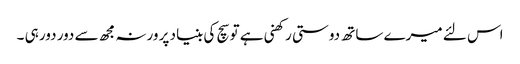
اس لئے میرے ساتھ دوستی رکھنی ہے تو سچ کی بنیاد پر ورنہ مجھ سے دور دور ہی ۔